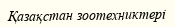
Қазақстан зоотехниктері